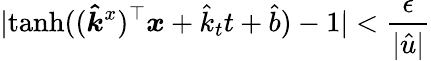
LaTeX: |\mathrm{tanh}((\boldsymbol{\hat{k}}^{x})^{\top}\boldsymbol{x}+\hat{k}_{t}t+\hat{b})-1|<\frac{\epsilon}{|\hat{u}|}